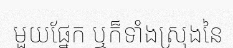
មួយផ្នែក ឬក៏ទាំងស្រុងនៃ